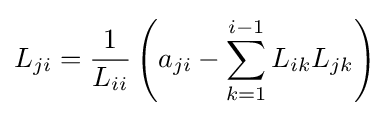
L_{ji}={1 \over {L_{ii}}}\left({a_{ji}-\sum \limits _{k=1}^{i-1}{L_{ik}L_{jk}}}\right)